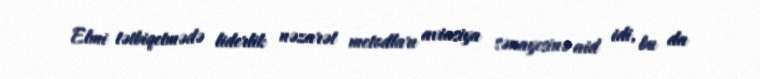
Elmi tətbiqetmədə liderlik nəzarət metodları aviasiya sənayesinə aid idi, bu da